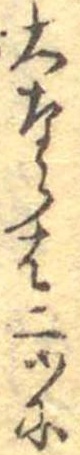
大ならは二ツに